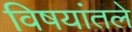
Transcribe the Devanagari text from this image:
विषयांतले